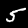
Label: 5